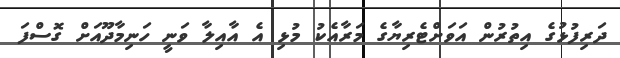
ދަރިފުޅުގެ އިތުރުން އަވަށްޓެރިޔާގެ މަރާއެކު މުޅި އެ އާއިލާ ވަނީ ހަނިމާދޫއަށް ގޮސްފަ